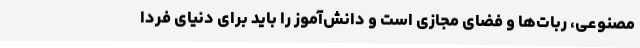
مصنوعی، ربات‌ها و فضای مجازی است و دانش‌آموز را باید برای دنیای فردا